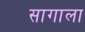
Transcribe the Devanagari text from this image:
सागाला